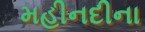
મહીનદીના